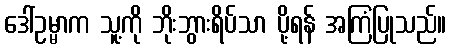
ဒေါ်ဥမ္မာက သူ့ကို ဘိုးဘွားရိပ်သာ ပို့ရန် အကြံပြုသည်။